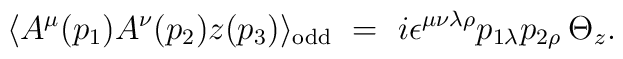
\langle A^{\mu}(p_1)A^{\nu}(p_2)z(p_3)\rangle_{\rm odd} ~=~i\epsilon^{\mu\nu\lambda\rho}p_{1\lambda}p_{2\rho}\:\Theta_z.